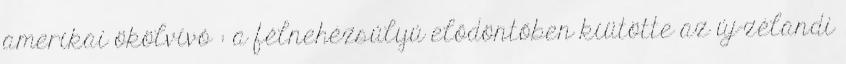
amerikai ökölvívó : a félnehézsúlyú elődöntőben kiütötte az új-zélandi